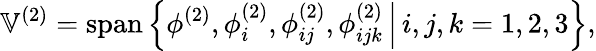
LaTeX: \mathbb{V}^{(2)}=\operatorname{span}\left\{ \phi^{(2)},\phi_{i}^{(2)},\phi_{ij}^{(2)},\phi_{ijk}^{(2)}\, \Big\vert\, i,j,k=1,2,3\right\} ,